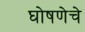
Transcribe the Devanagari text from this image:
घोषणेचे